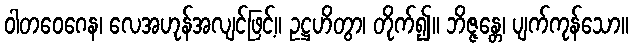
ဝါတဝေဂေန၊ လေအဟုန်အလျင်ဖြင့်။ ဥဋ္ဌဟိတွာ၊ တိုက်၍။ ဘိဇ္ဇန္တေ၊ ပျက်ကုန်သော။